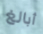
أبالغ